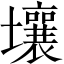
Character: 壤